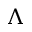
\Lambda